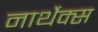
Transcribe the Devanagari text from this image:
नार्थेक्स